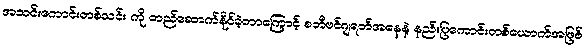
အသင်းကောင်းတစ်သင်း ကို တည်ဆောက်နိုင်ခဲ့တာကြောင့် စတီဗင်ဂျရတ်အနေနဲ့ နည်းပြကောင်းတစ်ယောက်အဖြစ်